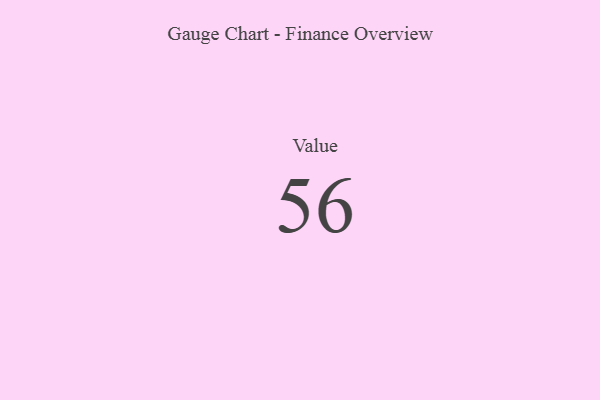
{"axis": {"x": "Metric", "y": "Value"}, "legend": [""], "data": [{"x": "Value", "y": 56, "type": ""}]}